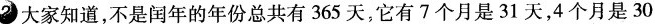
2 大家知道，不是闰年的年份总共有365天，它有7个月是31天，4个月是30